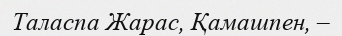
Таласпа Жарас, Қамашпен, –